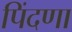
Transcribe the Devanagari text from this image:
पिंदणा